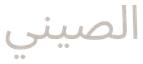
الصیني